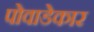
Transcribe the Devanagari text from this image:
पोवाडेकार